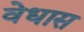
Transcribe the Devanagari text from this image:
वेधास